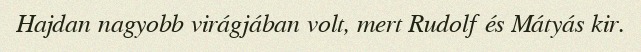
Hajdan nagyobb virágjában volt, mert Rudolf és Mátyás kir.